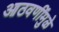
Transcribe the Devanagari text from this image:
आठवणींमुळे